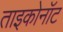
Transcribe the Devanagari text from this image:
ताइकोनॉट